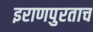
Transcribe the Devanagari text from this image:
इराणपुरताच